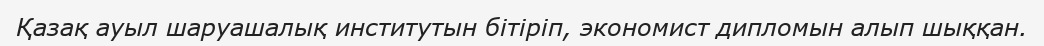
Қазақ ауыл шаруашалық институтын бітіріп, экономист дипломын алып шыққан.